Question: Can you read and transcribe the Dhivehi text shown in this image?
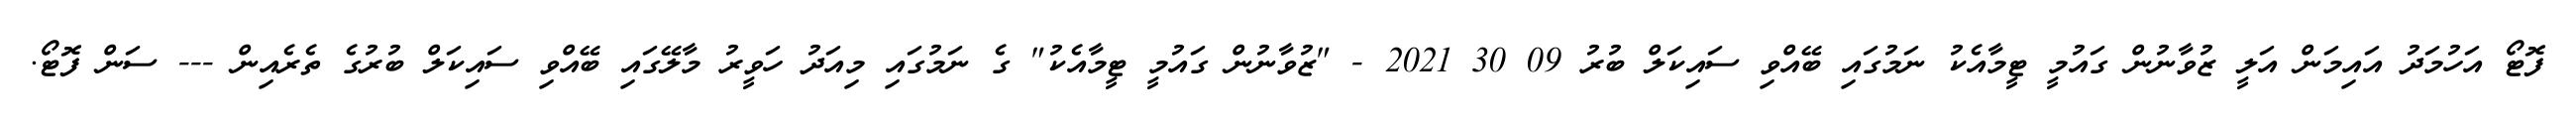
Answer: ފޮޓޯ އަހުމަދު އައިމަން އަލީ ޒުވާނުން ގައުމީ ޓީމާއެކު ނަމުގައި ބޭއްވި ސައިކަލް ބުރު 09 30 2021 - "ޒުވާނުން ގައުމީ ޓީމާއެކު" ގެ ނަމުގައި މިއަދު ހަވީރު މާލޭގައި ބޭއްވި ސައިކަލް ބުރުގެ ތެރެއިން --- ސަން ފޮޓޯ.